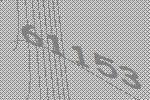
61153